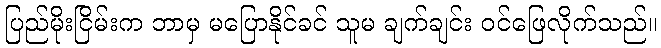
ပြည်မိုးငြိမ်းက ဘာမှ မပြောနိုင်ခင် သူမ ချက်ချင်း ဝင်ဖြေလိုက်သည်။